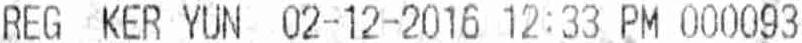
REG KER YUN 02-12-2016 12:33 PM 000093